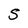
Character: S